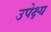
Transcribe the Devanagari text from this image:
उपेक्ष्य